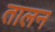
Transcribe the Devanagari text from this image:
तालन